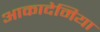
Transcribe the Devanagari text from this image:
आकादेमिया